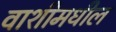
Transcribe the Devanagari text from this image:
वाशीमधील